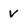
Character: v